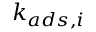
k _ { a d s , i }